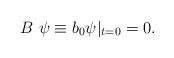
\begin{align*} B\ \psi \equiv b_0 \psi \vert _{t=0}=0.\end{align*}